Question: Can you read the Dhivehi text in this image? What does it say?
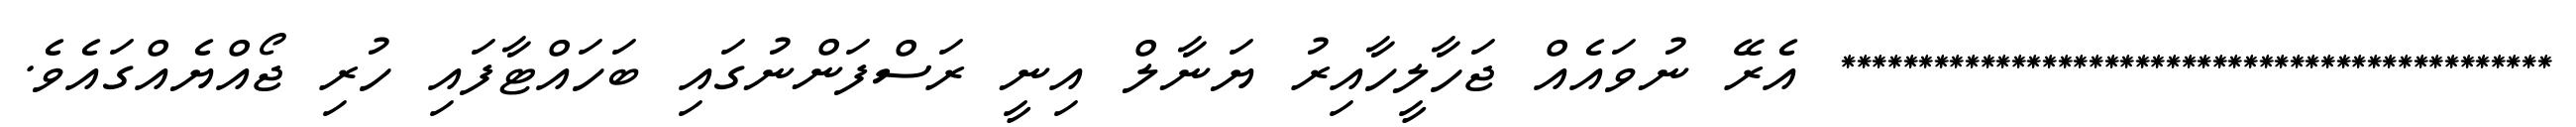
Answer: ********************************************** އެރޭ ނުވައެއް ޖަހާލީހާއިރު ޔަނާލް އިނީ ރަސްފަންނުގައި ބަހައްޓާފައި ހުރި ޖޯއްޔެއްގައެވެ.